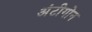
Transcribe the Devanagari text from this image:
अंटीगोन